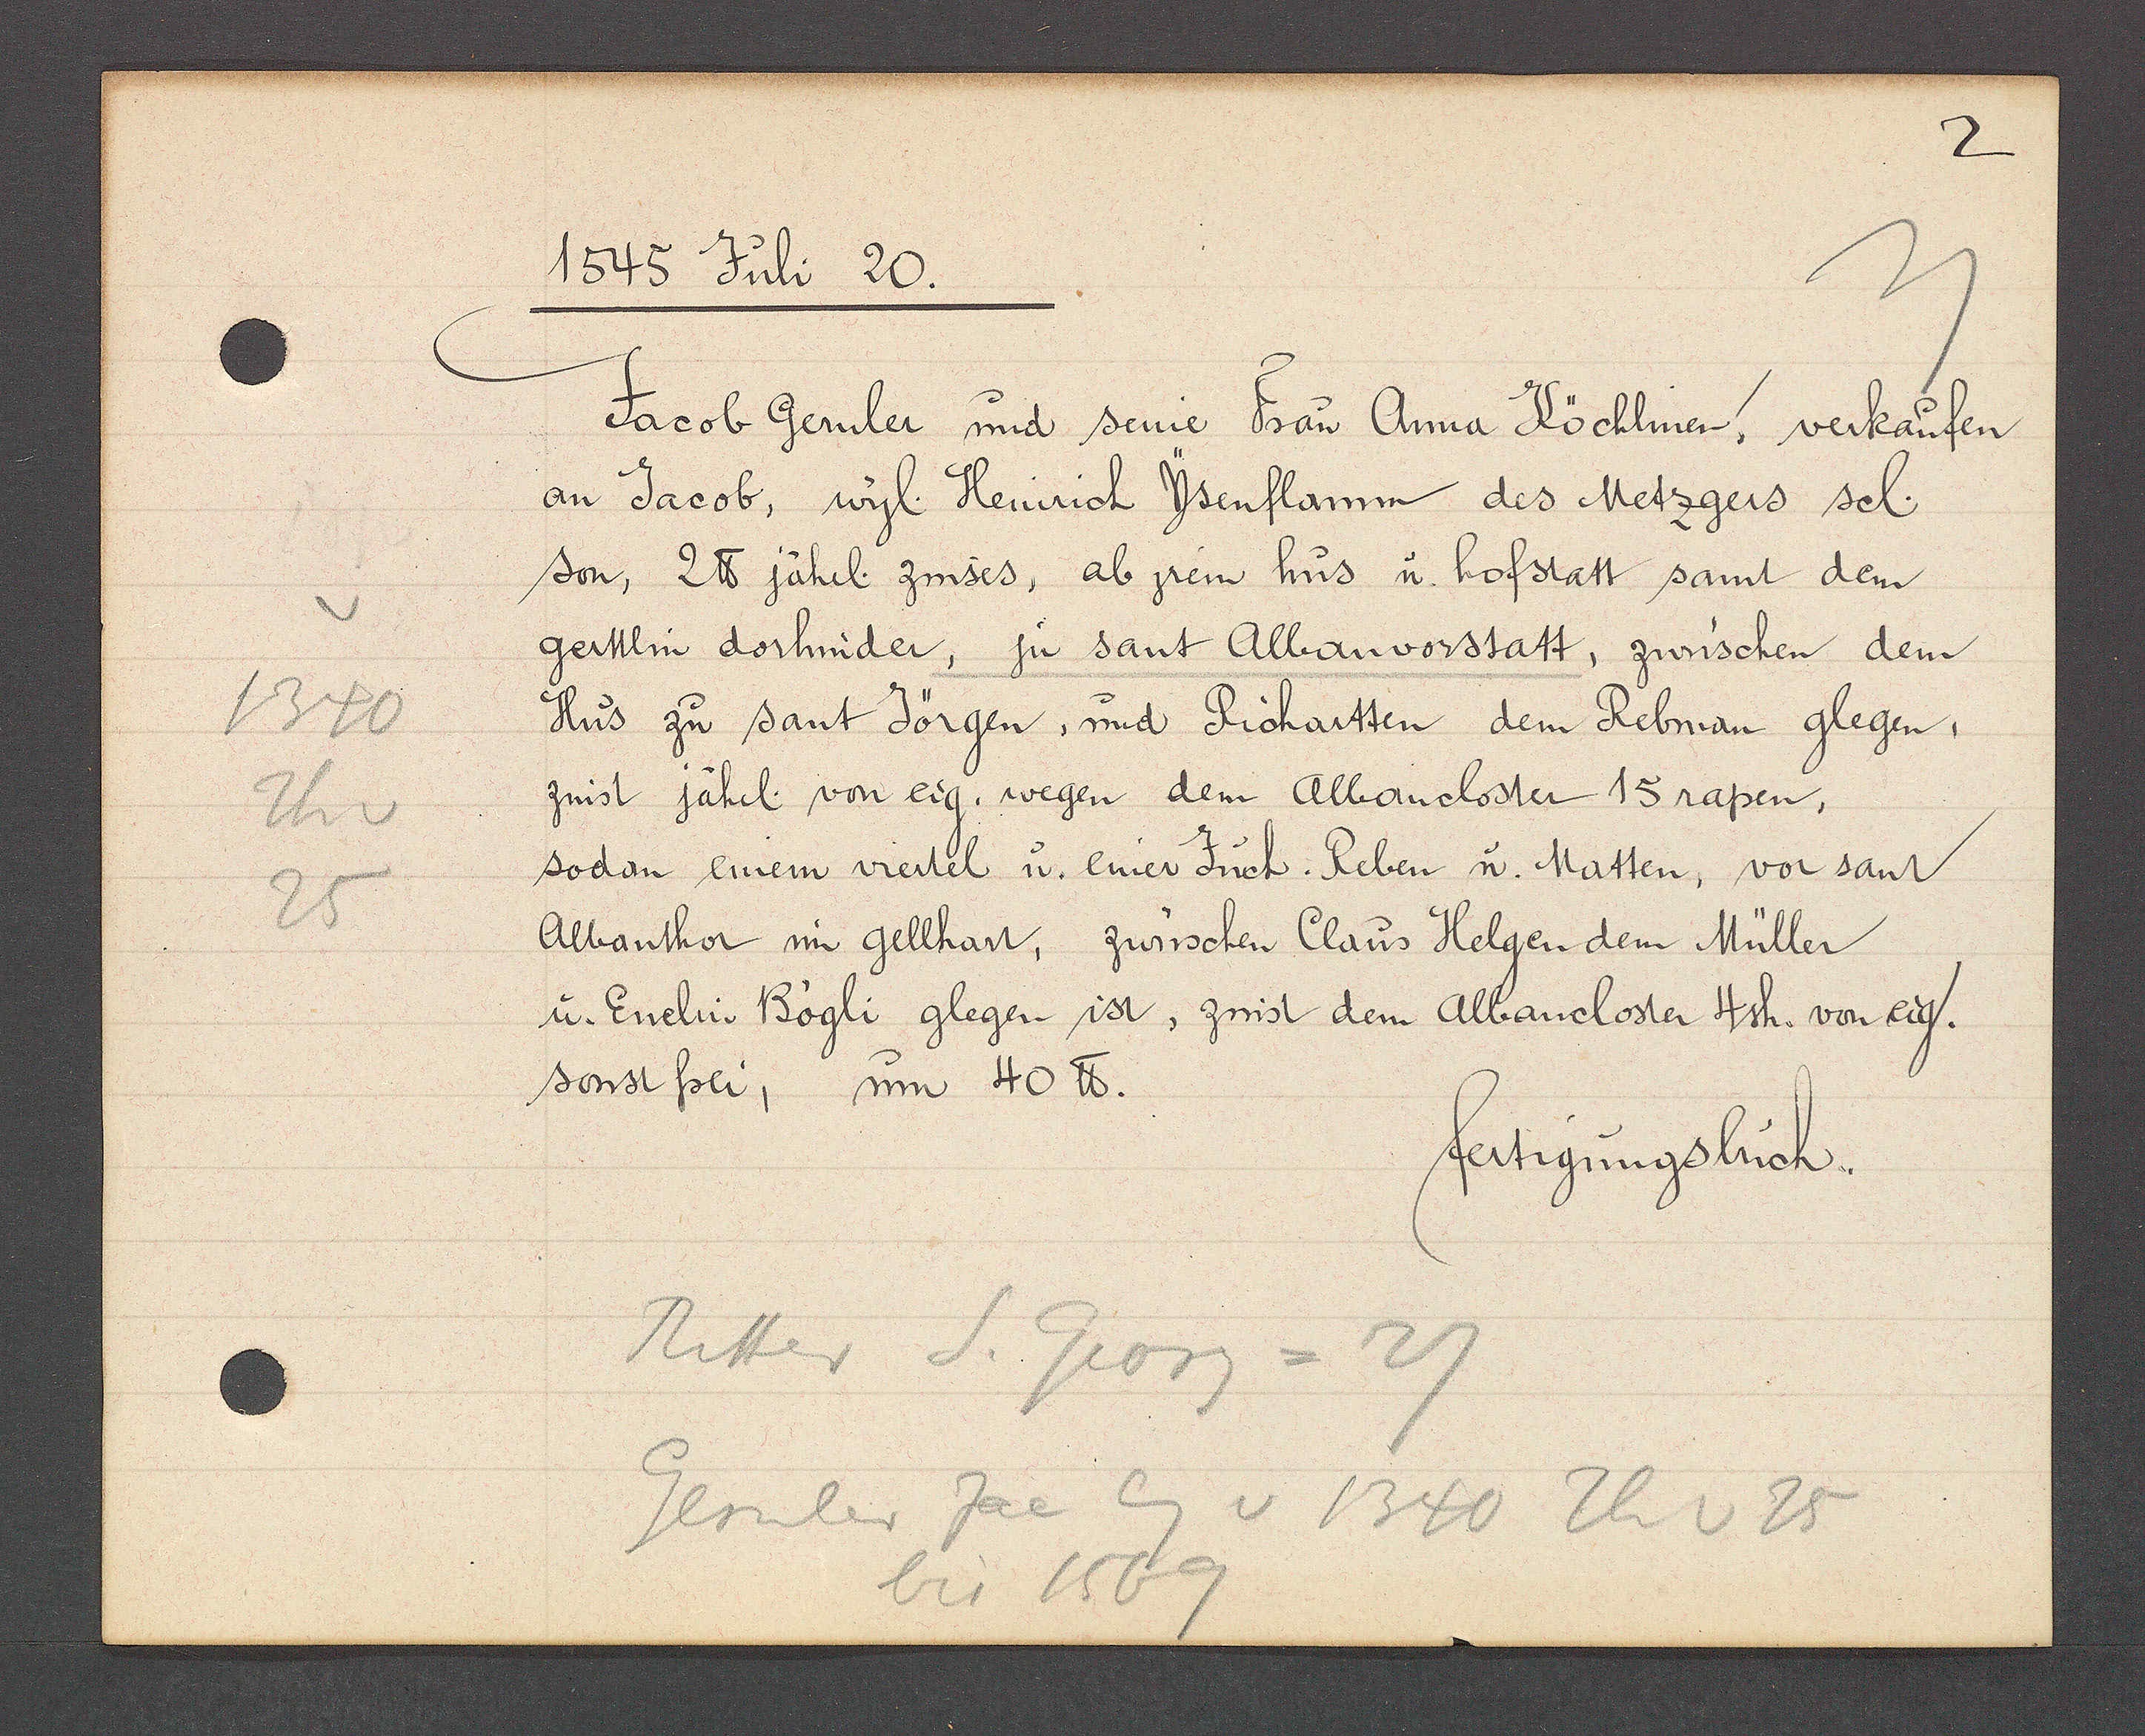
Transcript:
1340
Th v
25

1545 Juli 20.

Jacob Gernler und seine Frau Anna Köchlinen, verkaufen
an Jacob, wyl Heinrich Ysenflamm des Metzgers sel.
son, 2 ℔ jährl. zinses, ab jrem hus u. hofstatt samt dem
gerttlin dorhinder, zu sant Albanvorstatt, zwüschen dem
Hus zu sant Jörgen, und Richartten dem Rebman glegen,
zinst jährl. von eig. wegen dem Albancloster 15rapen,
sodan einem viertel u. einer Zuch. Reben u. Matten, vor sant
Albanthor im gellhart, zwüschen Claus Helgen dem Müller
u. Enelin Bögli glegen ist, zinst dem Albancloster 4sh. von eig.
sonst frei, um 40 ℔.

fertigungsbuch.

Ritter S. Georg = 27
Gernler Jac Eig v 1340 Th v 25
bis 1569